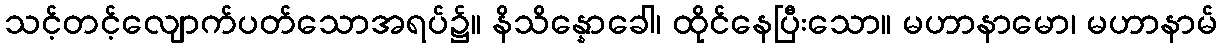
သင့်တင့်လျောက်ပတ်သောအရပ်၌။ နိသိန္နောခေါ၊ ထိုင်နေပြီးသော။ မဟာနာမော၊ မဟာနာမ်